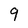
Character: 9